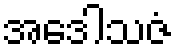
အဒေါသဇံ